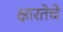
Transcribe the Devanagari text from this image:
क्षारतेचे